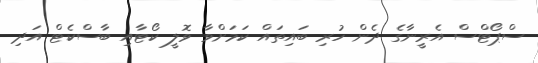
ސްޕޯޓްސް އެރީނާގެ ދެން ހުރި ބައިތައް ކަމަށްވާ ވޮލީ ކޯޓާއި ބާސްކެޓް އަދި